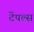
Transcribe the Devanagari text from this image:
टेंपल्स